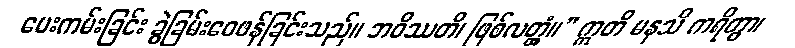
ပေးကမ်းခြင်း ခွဲခြမ်းဝေဖန်ခြင်းသည်။ ဘဝိဿတိ၊ ဖြစ်လတ္တံ့။” ဣတိ မနသိ ကရိတွာ၊